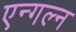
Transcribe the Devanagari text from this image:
एन्गल्न